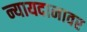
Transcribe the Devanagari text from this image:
न्यायदानावर